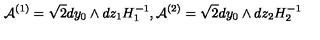
{ \cal A } ^ { ( 1 ) } = \sqrt { 2 } d y _ { 0 } \wedge d z _ { 1 } H _ { 1 } ^ { - 1 } , { \cal A } ^ { ( 2 ) } = \sqrt { 2 } d y _ { 0 } \wedge d z _ { 2 } H _ { 2 } ^ { - 1 }